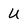
Character: U